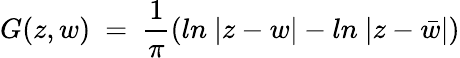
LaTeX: G(z,w)~=~{\frac{1}{\pi}}(ln~|z-w|-ln~|z-\bar{w}|)